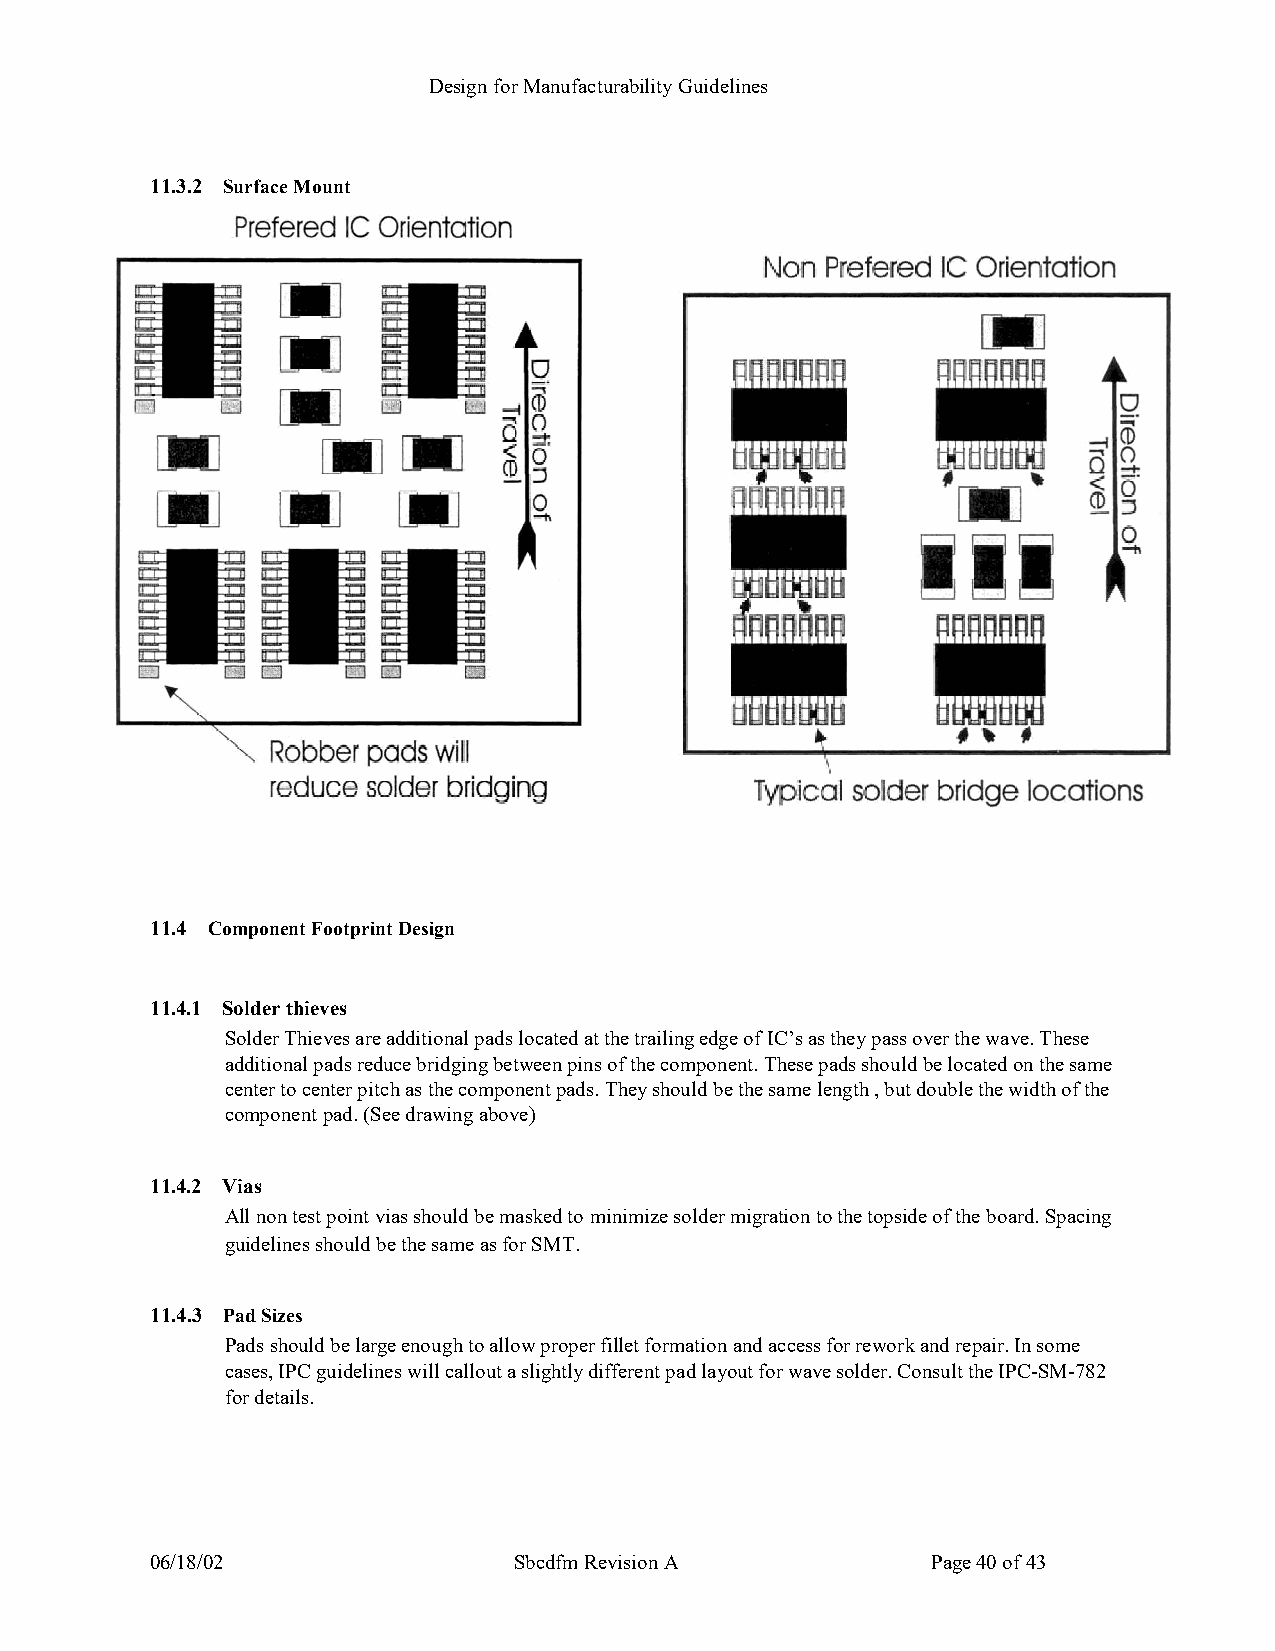
Design for Manufacturability Guidelines
 1 1.3.2 Surface Mount
 11.4 Component Footprint Design
 11.4.1 Solder thieves
 Solder Thieves are additional pads located at the trailing edge of IC’s as they pass over the wave. These
 additional pads reduce bridging between pins of the component. These pads should be located on the same
 center to center pitch as the component pads. They should be the same length , but double the width of the
 component pad. (See drawing above)
 11.4.2 Vias
 All non test point vias should be masked to minimize solder migration to the topside of the board. Spacing
 guidelines should be the same as for SMT.
 11.4.3 Pad Sizes
 Pads should be large enough to allow proper fillet formation and access for rework and repair. In some
 cases, IPC guidelines will callout a slightly different pad layout for wave solder. Consult the IPC-SM-782
 for details.
 06/18/02                Sbcdfm Revision A           Page 40 of 43